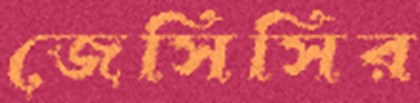
জেসিসির